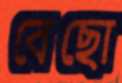
বেছো